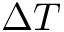
\Delta T